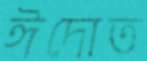
ঈদোত